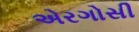
એરગોસી